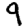
Digit: 9